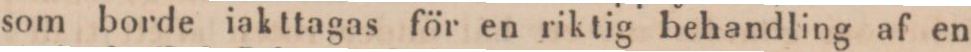
som borde iakttagas för en riktig behandling af en